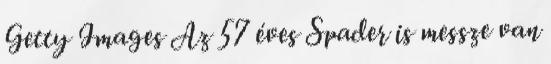
Getty Images Az 57 éves Spader is messze van